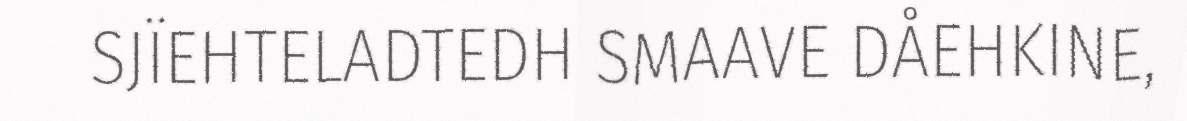
SJÏEHTELADTEDH SMAAVE DÅEHKINE,